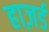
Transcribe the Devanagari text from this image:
हाज़र्ड